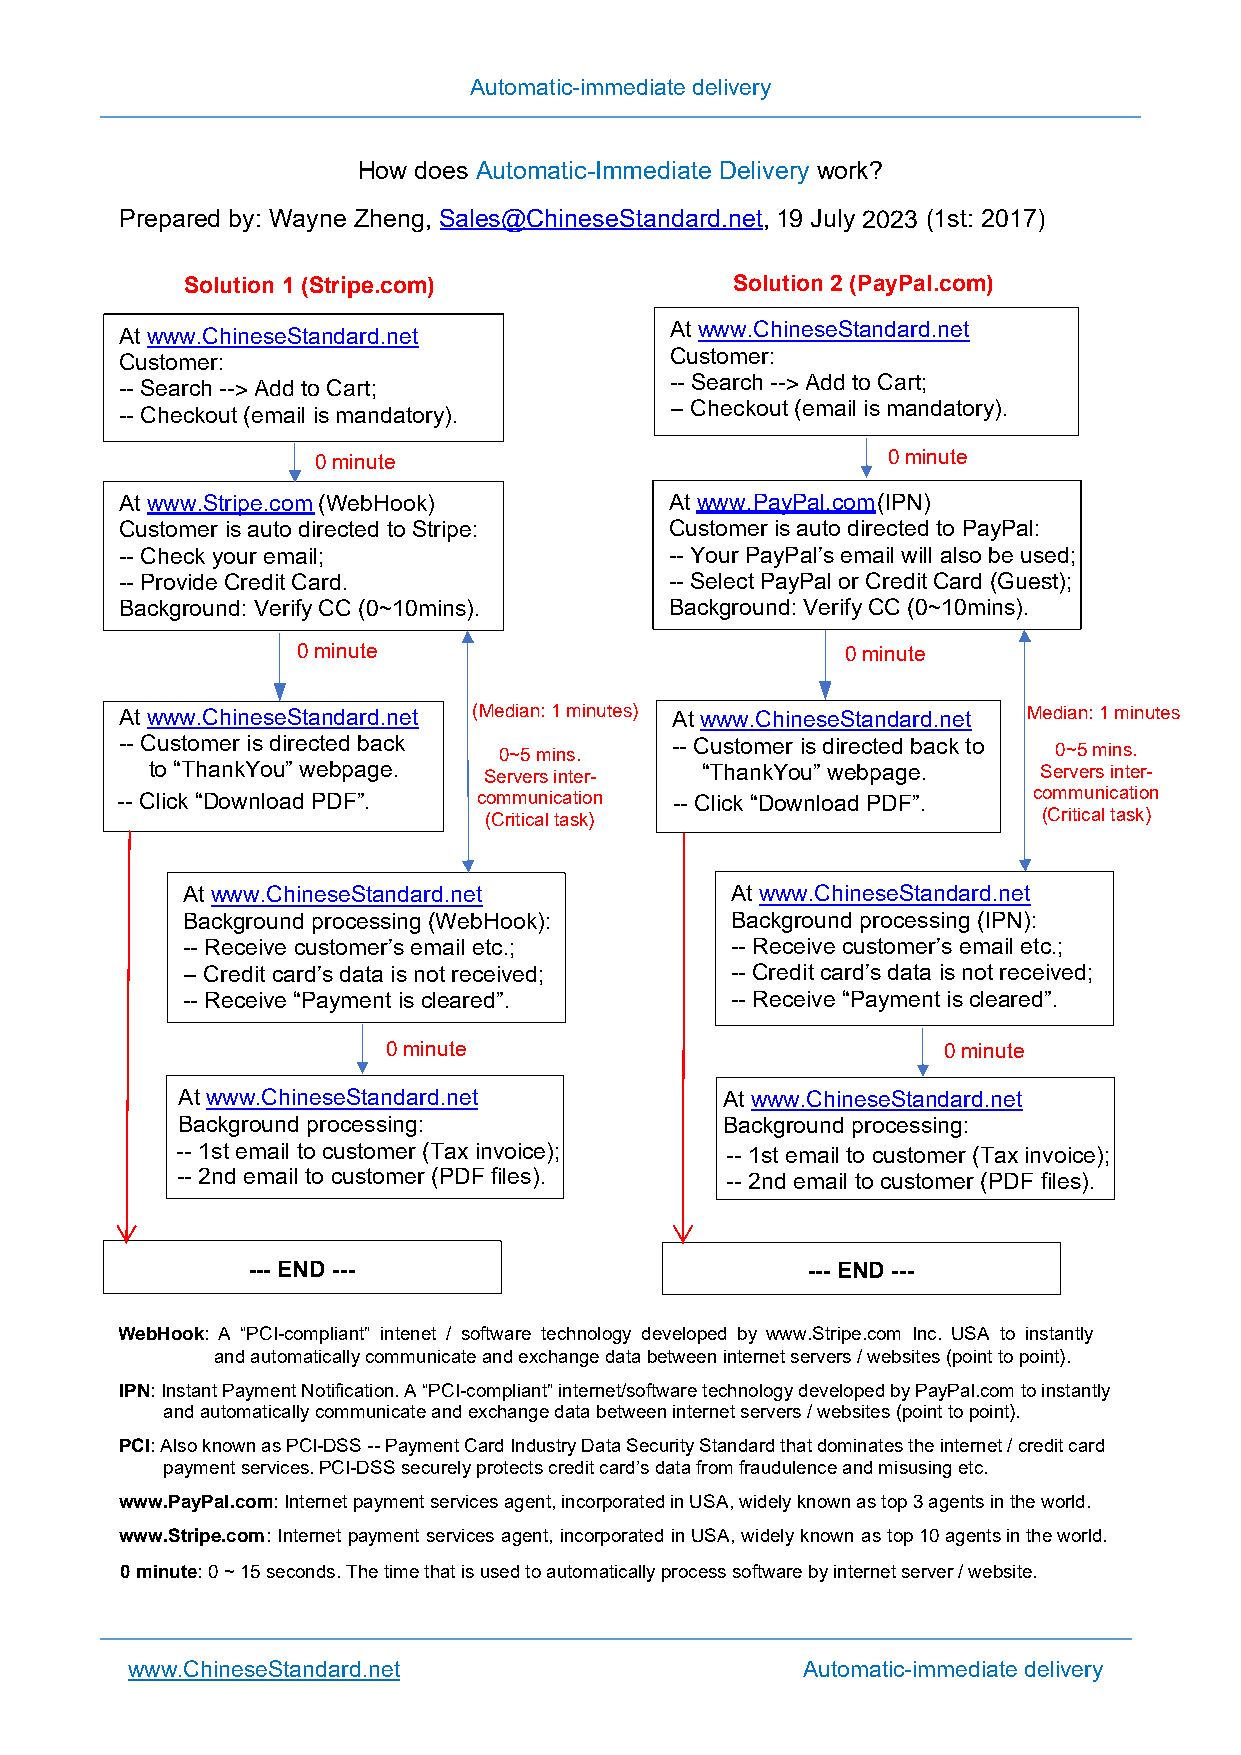
Automatic-immediate delivery
 How does Automatic-Immediate Delivery work?
 Prepared by: Wayne Zheng, Sales@ChineseStandard.net, 19 July 2023 (1st: 2017)
 Solution 1 (Stripe.com)             Solution 2 (PayPal.com)
 At www.ChineseStandard.net
 At www.ChineseStandard.net
 Customer:
 Customer:
 -- Search --> Add to Cart;          -- Search --> Add to Cart;
 -- Checkout (email is mandatory).   -- Checkout (email is mandatory).
 0 minute                              0 minute
 At www.Stripe.com (WebHook)         At www.PayPal.com (IPN)
 Customer is auto directed to Stripe: Customer is auto directed to PayPal:
 -- Check your email;                -- Your PayPal’s email will also be used;
 -- Provide Credit Card.             -- Select PayPal or Credit Card (Guest);
 Background: Verify CC (0~10mins).   Background: Verify CC (0~10mins).
 0 minute                            0 minute
 At www.ChineseStandard.net (Median: 1 minutes) At www.ChineseStandard.net Median: 1 minutes
 -- Customer is directed back 0~5 mins. -- Customer is directed back to 0~5 mins.
 to “ThankYou” webpage. Servers inter- “ThankYou” webpage.  Servers inter-
 -- Click “Download PDF”. communication -- Click “Download PDF”. communication
 (Critical task)                      (Critical task)
 At www.ChineseStandard.net          At www.ChineseStandard.net
 Background processing (WebHook):    Background processing (IPN):
 -- Receive customer’s email etc.;   -- Receive customer’s email etc.;
 -- Credit card’s data is not received; -- Credit card’s data is not received;
 -- Receive “Payment is cleared”.    -- Receive “Payment is cleared”.
 0 minute                            0 minute
 At www.ChineseStandard.net          At www.ChineseStandard.net
 Background processing:              Background processing:
 -- 1st email to customer (Tax invo ice); -- 1st email to customer (Tax invo ice);
 -- 2nd email to customer (PDF files). -- 2nd email to customer (PDF files).
 --- END ---                          --- END ---
 WebHook: A “PCI-compliant” intenet / software technology developed by www.Stripe.com Inc. USA to instantly
 and automatically communicate and exchange data between internet servers / websites (point to point).
 IPN: Instant Payment Notification. A “PCI-compliant” internet/software technology developed by PayPal.com to instantly
 and automatically communicate and exchange data between internet servers / websites (point to point).
 PCI: Also known as PCI-DSS -- Payment Card Industry Data Security Standard that dominates the internet / credit card
 payment services. PCI-DSS securely protects credit card’s data from fraudulence and misusing etc.
 www.PayPal.com: Internet payment services agent, incorporated in USA, widely known as top 3 agents in the world.
 www.Stripe.com: Internet payment services agent, incorporated in USA, widely known as top 10 agents in the world.
 0 minute: 0 ~ 15 seconds. The time that is used to automatically process software by internet server / website.
 www.ChineseStandard.net                      Automatic-immediate delivery